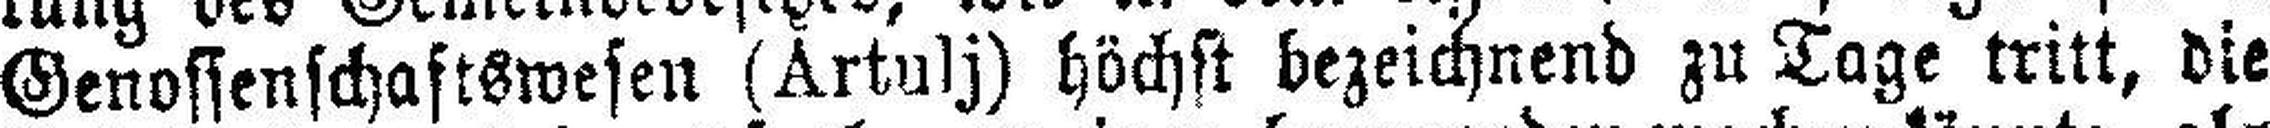
Genossenschaftswesen (Artulj) höchst bezeichnend zu Tage tritt, die